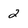
Character: 2